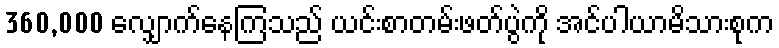
360,000 လျှောက်နေကြသည် ယင်းစာတမ်းဖတ်ပွဲကို အင်ပါယာမိသားစုက